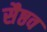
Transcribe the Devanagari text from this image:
सैष्ठव